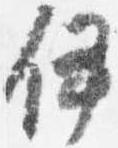
伊